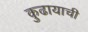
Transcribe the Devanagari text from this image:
कुढायाची